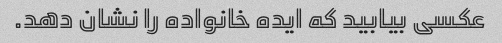
عکسی بیابید که ایده خانواده را نشان دهد.